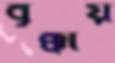
বৃক্কীয়